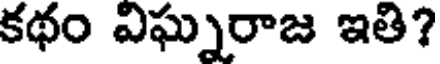
కథం విఘ్నరాజ ఇతి?